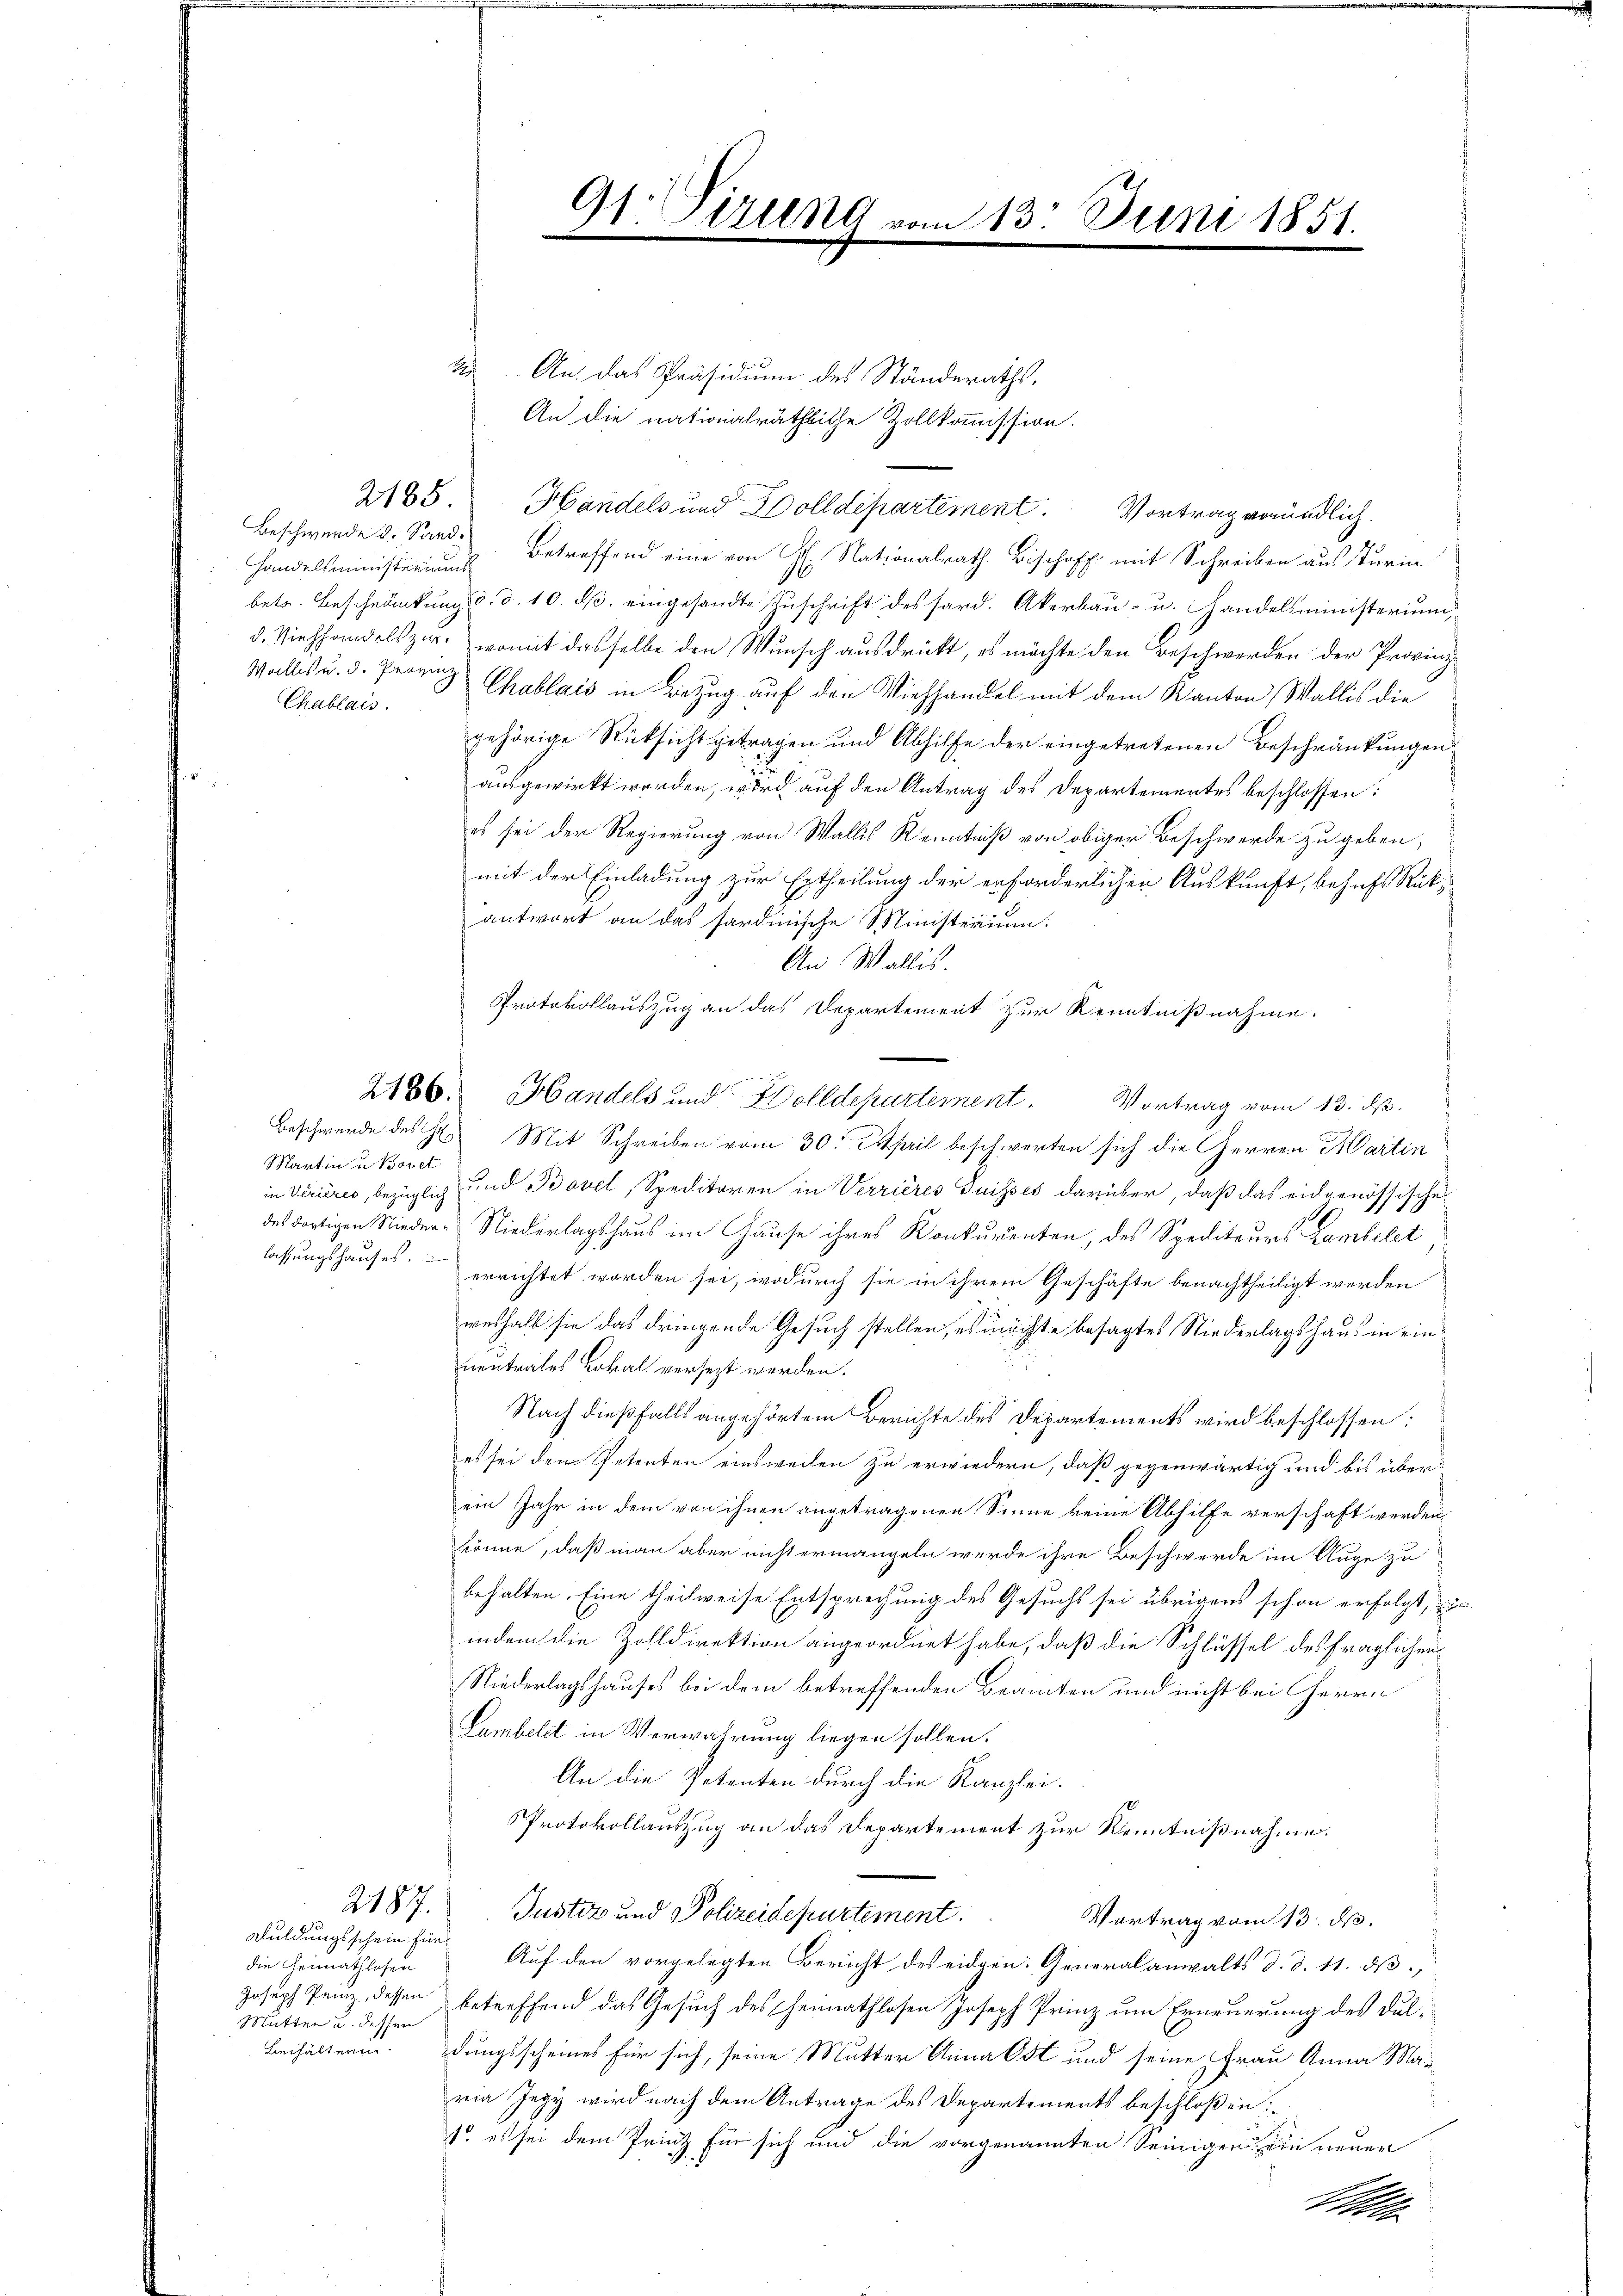
Handelsministeriums
Wallis u. d. Provinz
Chablais.

Martin u. Bovet
lassungshauses.

die Gennathlosen
Mütter u. dessen

Duldungsschein für

2. An das Präsidium des Ständeraths,
An die nationalräthliche Zollkommission.
2165. Handels und Wolldepartement. Vortrag voründlich.
Beschwerde d. Sand. Betreffend eine von H. Nationalrath Bischoff mit Schreiben aus Sturin
bets. Beschränkung d. d. 10. dβ eingesandte Zuschrift des sard. Akerbau- u. Handelsministerium,
d. Viehhandelszer, womit dasselbe den Wunsch ausdrückt, es möchte den Beschwerden der Provinz¬
Chublais in Bezug auf den Viehhandel mit dem Kanton Wallis die
gehörige Rücksicht getragen und Abhilfe der eingetretenen Beschränkungen
ausgewirkt worden, wird auf den Antrag des Departementes beschlossen:
es sei der Regierung von Wallis Kenntniß von obiger Beschwerde zu geben,
mit der Einladung zur Ertheilung der erforderlichen Auskunft, behufs Rückantwort an das sardinische Ministerium.
An Wallis.
Protokollauszug an das Departement zur Kenntnißnahme.
Beschwerde des H. Mit Schreiben vom 30. April beschwerten sich die Herren Martin
in Verières, bezüglich und Bovet, Speditoren in Verrières Suisses darüber, daß das eidgenössische
des dortigen Nieder Niederlagshaus im Hause ihres Konkurrenten, des Spediteurs Lambelet
errichtet worden sei, wodurch sie in ihrem Geschäfte benachtheiligt werden
weshalb sie das dringende Gesuch stellen, es möchte besagtes Niederlagshaus in einneutrales Lokal versezt werden.
Nach dießfalls angehörtem Berichte des Departements wird beschlossen:
es sei den Petenten einsweilen zu erwiedern, daß gegenwärtig und bis überein Jahr in dem von ihnen angetragenen Sinne keine Abhilfe verschaft werden,
könne, daß man aber nicht ermangeln werde ihre Beschwerde im Auge zu
behalten. Eine theilweise Entsprechung des Gesucht sei übrigens schon erfolgt, in
indem die Zolldirektion angeordnet habe, daß die Schlüssel des fraglichen
Niederlagshauses bei dem betreffenden Beamten und nicht bei Herrn
Lambelt in Verwahrung liegen sollen.
An die Petenten durch die Kanzlei-
Protokollauszug an das Departement zur Kenntnißnahme.
.
2187. Justiz und Polizeidepartement.
Vortrag vom 13. d.
Auf den vorgelegten Bericht des eidgen. Generalanwalts d. d. 11. ds.,
Joseph Penz, dessen betreffend das Gesuch des Heimathlosen Joseph Prinz um Erneuerung des Dul¬
Beihälterendungsscheines für sich, seine Mutter Anna Ost und seine Frau Anna Mar
ria Jegy wird nach dem Antrage des Departements beschloßen:
1. es sei dem Prinz für sich und die vorgenannten Seinigen die neuen
Mlle

91. Sirung

2186. Handels und Zolldepartement. Vortrag vom 13. ds.

m 13. Juni 1851.